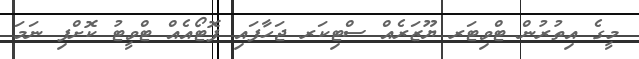
މީގެ އިތުރުން ޓްވިޓަރ ޔޫޒަރެއް ސްޓިކަރ ޖަހާފައި ފޮޓޯއެއް ޓްވީޓު ކޮށްފި ނަމަ